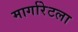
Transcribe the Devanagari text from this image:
मार्गारेटला